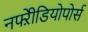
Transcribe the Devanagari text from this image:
नफ्ऱेीडियोपोर्स